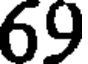
69